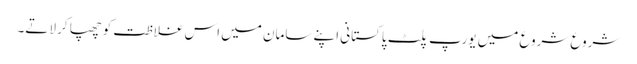
شروع شروع میں یورپ پلٹ پاکستانی اپنے سامان میں اس غلاظت کو چھپا کر لاتے۔